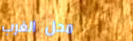
محل الغرب